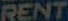
RENT